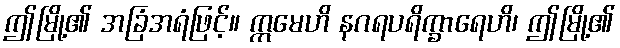
ဤမြို့၏ အခြံအရံဖြင့်။ ဣမေဟိ နဂရပရိက္ခာရေဟိ၊ ဤမြို့၏